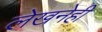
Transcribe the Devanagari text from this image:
लेखनेही